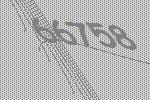
66758